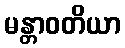
မန္တာဝတိယာ